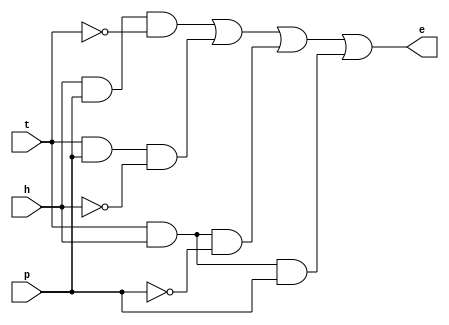
// WARNING: Do NOT edit the input and output ports in this file in a text
// editor if you plan to continue editing the block that represents it in
// the Block Editor! File corruption is VERY likely to occur.

// Copyright (C) 2018  Intel Corporation. All rights reserved.
// Your use of Intel Corporation's design tools, logic functions
// and other software and tools, and its AMPP partner logic
// functions, and any output files from any of the foregoing
// (including device programming or simulation files), and any
// associated documentation or information are expressly subject
// to the terms and conditions of the Intel Program License
// Subscription Agreement, the Intel Quartus Prime License Agreement,
// the Intel FPGA IP License Agreement, or other applicable license
// agreement, including, without limitation, that your use is for
// the sole purpose of programming logic devices manufactured by
// Intel and sold by Intel or its authorized distributors.  Please
// refer to the applicable agreement for further details.


// Generated by Quartus Prime Version 18.1 (Build Build 625 09/12/2018)
// Created on Tue Jun 09 15:13:45 2020

//  Module Declaration
module Normal
(
	// {{ALTERA_ARGS_BEGIN}} DO NOT REMOVE THIS LINE!
	p, t, h, e
	// {{ALTERA_ARGS_END}} DO NOT REMOVE THIS LINE!
);
// Port Declaration

	// {{ALTERA_IO_BEGIN}} DO NOT REMOVE THIS LINE!
	input p;
	input t;
	input h;
	output e;
	// {{ALTERA_IO_END}} DO NOT REMOVE THIS LINE!

and(check1,h,p,~t);
and(check2,t,p,~h);
and(check3,t,h,~p);
and(check4,t,h,p);
or(e,check1,check2,check3,check4);

endmodule